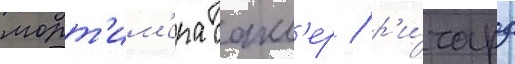
морт'им'ера сакл'ер / р'и́чард